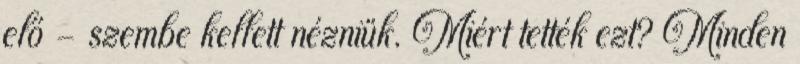
elő – szembe kellett nézniük. Miért tették ezt? Minden